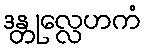
ဒန္တုလ္လေဟကံ